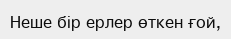
Неше бір ерлер өткен ғой,